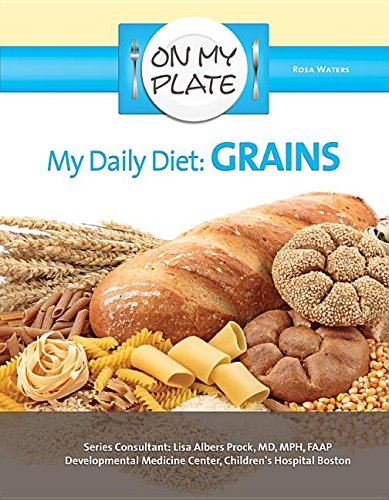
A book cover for My Daily Diet: Grains (On My Plate); Rosa Waters; Teen & Young Adult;